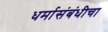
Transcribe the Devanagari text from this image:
धर्मासंबंधीचा